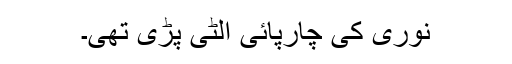
نوری کی چارپائی الٹی پڑی تھی۔